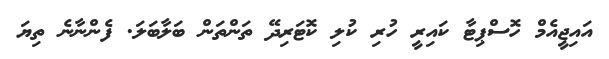
އައިޖީއެމް ހޮސްޕިޓާ ކައިރީ ހުރި ކުލި ކޮޓަރިދޭ ތަންތަން ބަލާބަލަ. ފެންނާނެ ތިޔަ